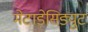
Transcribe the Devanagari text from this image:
मेटाडेसिड्युट